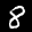
Label: 8